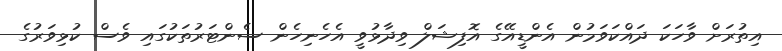
އިތުރަށް ވާހަކަ ދައްކަވަމުން އެންޑީއޭގެ އޮފިޝަލް ވިދާޅުވީ އެހެނިހެން ސެންޓަރުތަކުގައި ވެސް ކުޅިވަރުގެ